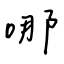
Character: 哪